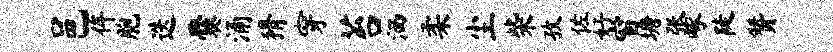
邑侔胞迭爨涌猾穿苔洒柔尘柴孜佐好窗塘张啄陡赞